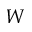
W